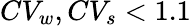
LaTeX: CV_{w},CV_{s}<1.1